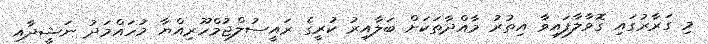
މި ގަރާރުގައި ގޮވާލާފައިވާ އިތުރު މާއްދާތަކަށް ބަލާއިރު ކުރީގެ ރައީސުލްޖުމްހޫރިއްޔާ މުހައްމަދު ނަޝީދާއި